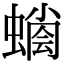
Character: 𧐬